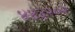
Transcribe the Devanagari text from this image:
४४३२०२